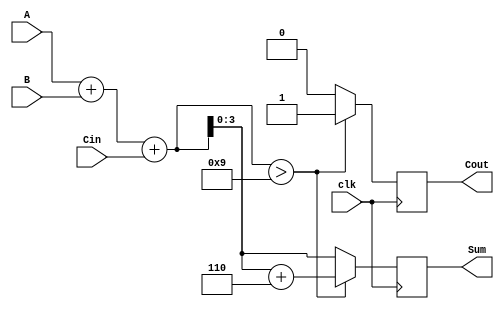
module BCD_Sequential_Adder (
    input wire [3:0] A,      // First BCD digit
    input wire [3:0] B,      // Second BCD digit
    input wire Cin,          // Carry input
    input wire clk,          // Clock signal
    output reg [3:0] Sum,    // BCD result
    output reg Cout          // Carry output
);

    reg [4:0] TempSum;       // Intermediate sum (5 bits for overflow)

    always @(posedge clk) begin
        // Perform binary addition
        TempSum = A + B + Cin;

        // Check for BCD correction
        if (TempSum > 9) begin
            TempSum = TempSum + 6; // Add 6 for BCD correction
            Cout = 1;               // Set carry out
        end else begin
            Cout = 0;               // No carry out
        end

        // Assign the corrected sum to the output
        Sum = TempSum[3:0]; // Take the lower 4 bits as the BCD result
    end

endmodule